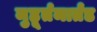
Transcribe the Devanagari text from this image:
मुहूर्तमार्तंड